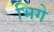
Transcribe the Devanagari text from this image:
भिंगे